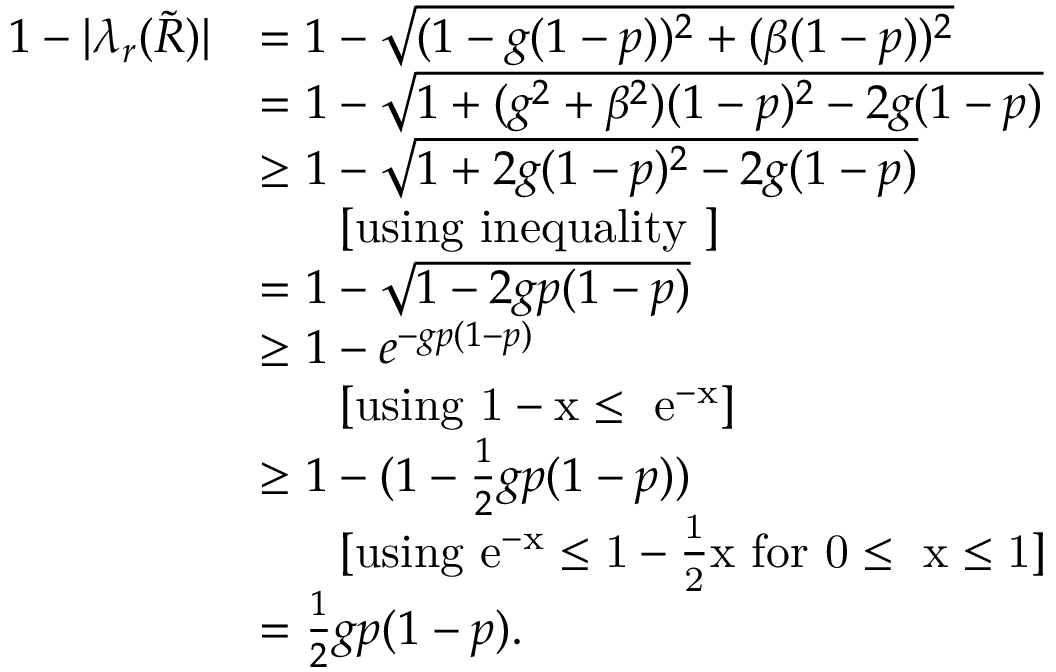
\begin{array} { r l } { 1 - | \lambda _ { r } ( \tilde { R } ) | } & { = 1 - \sqrt { ( 1 - g ( 1 - p ) ) ^ { 2 } + ( \beta ( 1 - p ) ) ^ { 2 } } } \\ & { = 1 - \sqrt { 1 + ( g ^ { 2 } + \beta ^ { 2 } ) ( 1 - p ) ^ { 2 } - 2 g ( 1 - p ) } } \\ & { \geq 1 - \sqrt { 1 + 2 g ( 1 - p ) ^ { 2 } - 2 g ( 1 - p ) } } \\ & { \ \ \ \ \ \mathrm { [ u s i n g ~ i n e q u a l i t y ~ ] } } \\ & { = 1 - \sqrt { 1 - 2 g p ( 1 - p ) } } \\ & { \geq 1 - e ^ { - g p ( 1 - p ) } } \\ & { \ \ \ \ \ \mathrm { [ u s i n g ~ \ensuremath { 1 - x \leq ~ e ^ { - x } } ] } } \\ & { \geq 1 - ( 1 - \frac { 1 } { 2 } g p ( 1 - p ) ) } \\ & { \ \ \ \ \ \mathrm { [ u s i n g ~ \ensuremath { e ^ { - x } \leq 1 - \frac { 1 } { 2 } x } ~ f o r ~ \ensuremath { 0 \leq ~ x \leq 1 } ] } } \\ & { = \frac { 1 } { 2 } g p ( 1 - p ) . } \end{array}